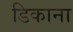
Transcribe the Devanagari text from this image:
डिकाना